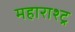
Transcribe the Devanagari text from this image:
महाराश्ट्र